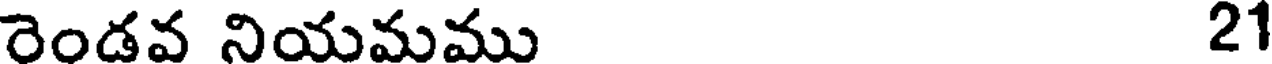
రెండవ నియమము 21